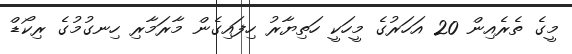
މީގެ ތެރެއިން 20 އަހަރުގެ މީހަކީ ހަތިޔާރު ހިފައިގެން މާރަމާރި ހިނގުމުގެ ރިކޯޑް